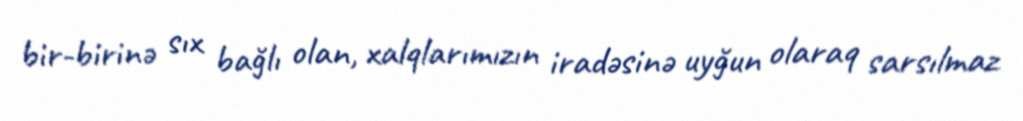
bir-birinə sıx bağlı olan, xalqlarımızın iradəsinə uyğun olaraq sarsılmaz